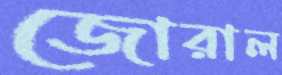
জোরাল